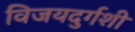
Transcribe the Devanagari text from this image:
विजयदुर्गशी